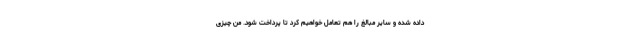
داده شده و سایر مبالغ را هم تعامل خواهیم کرد تا پرداخت شود. من چیزی